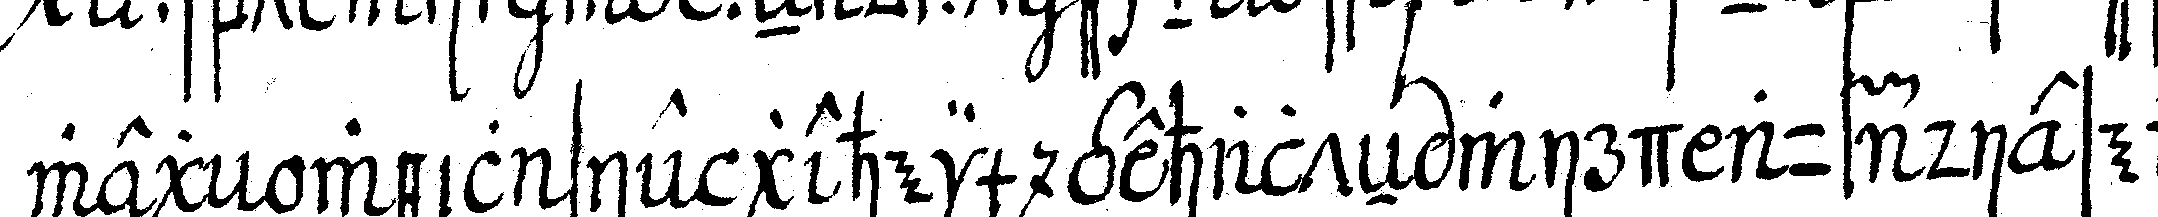
wegeN weil sie geheim gehalteN wird auf diese